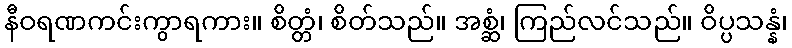
နီဝရဏကင်းကွာရကား။ စိတ္တံ၊ စိတ်သည်။ အစ္ဆံ၊ ကြည်လင်သည်။ ဝိပ္ပသန္နံ၊